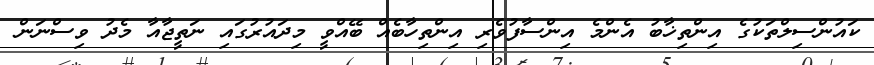
ކައުންސިލްތަކުގެ އިންތިޚާބު އެންމެ އިންސާފުވެރި އިންތިހާބެއް ބޭއްވީ މިދައުރުގައި ނަތީޖާއާ މެދު ވިސްނަން